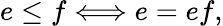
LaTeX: e\leq f\Longleftrightarrow e=ef,